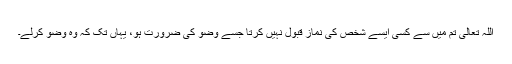
اللہ تعالیٰ تم میں سے کسی ایسے شخص کی نماز قبول نہیں کرتا جسے وضو کی ضرورت ہو، یہاں تک کہ وہ وضو کرلے۔